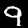
Digit: 9